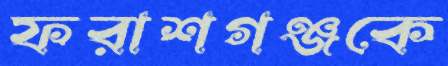
ফরাশগঞ্জকে